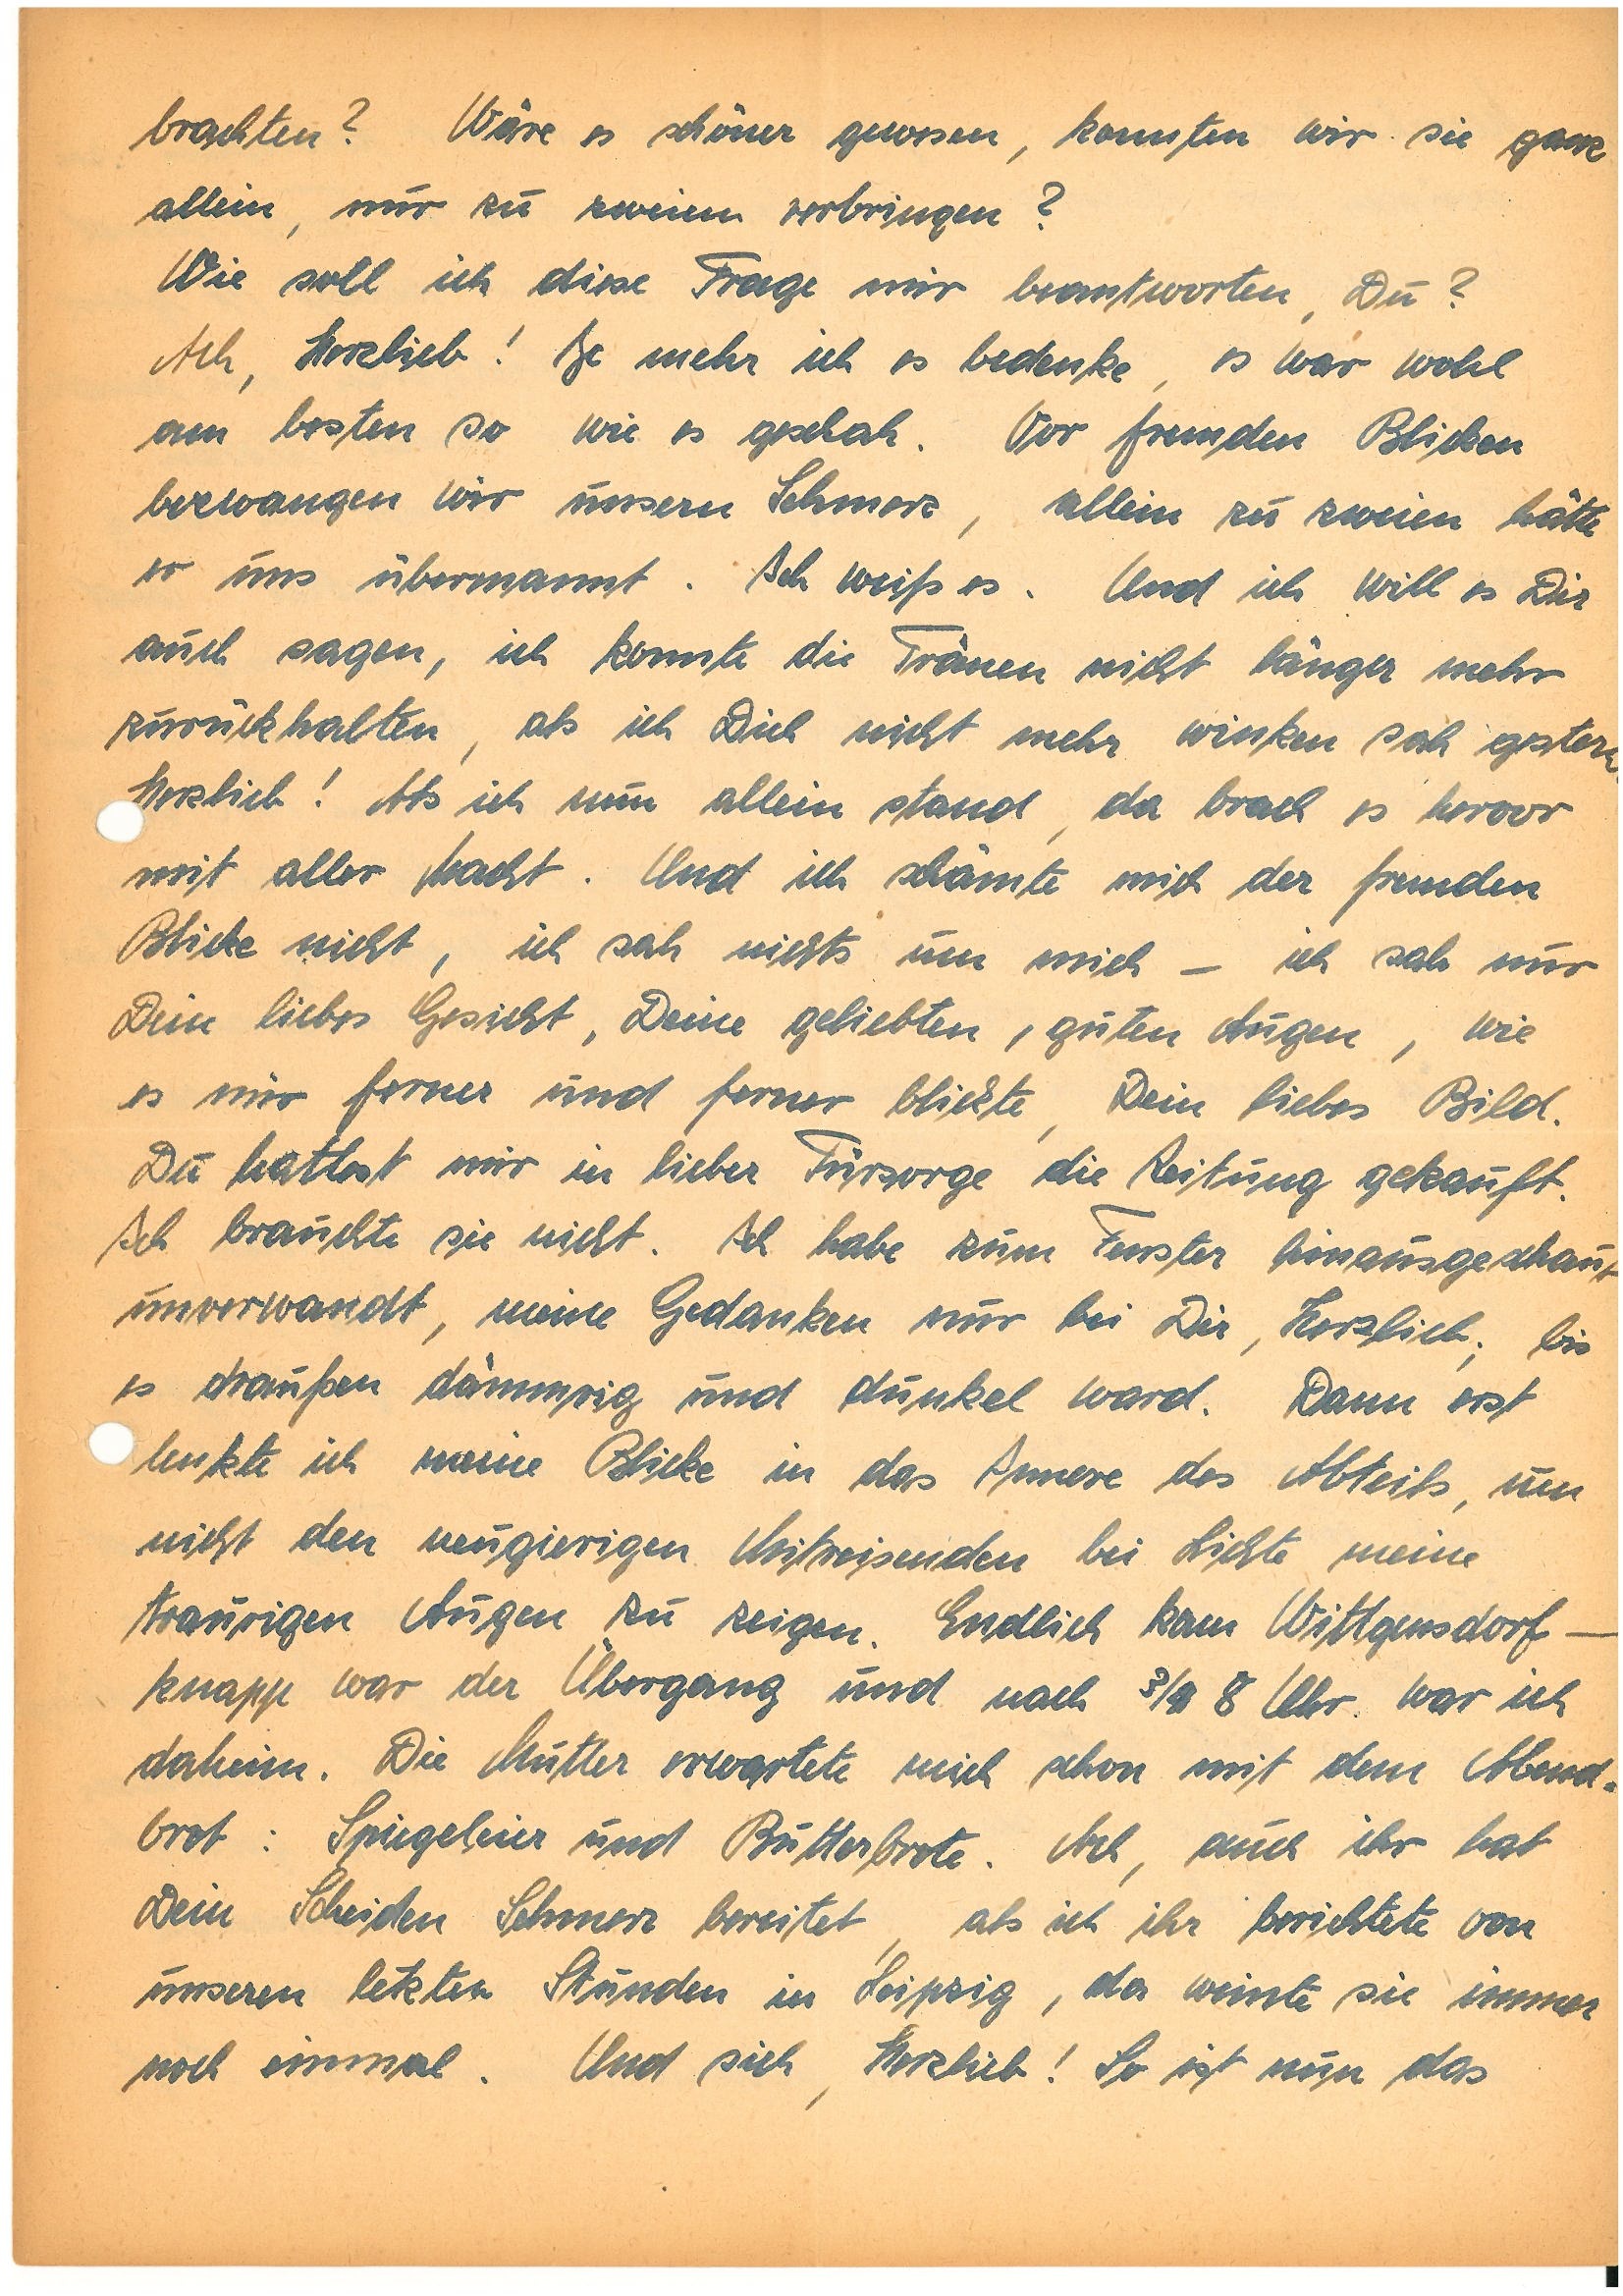
brachten? Wäre es schöner gewesen, konnten wir sie ganz
allein, nur zu zweien verbringen?
Wie soll ich diese Frage mir beantworten, Du?
Ach, Herzlieb! Je mehr ich es bedenke, es war wohl
am besten so wie geschah. Vor fremden Blicken
bezwangen wir unsern Schmerz, allein zu zweien hätte
er uns übermannt. Ich weiß es. Und ich will es Dir
auch sagen, ich konnte die Tränen nicht länger mehr
zurückhalten, als ich Dich nicht mehr winken sah gestern,
Herzlieb! Als ich nun allein stand, da brach es hervor
mit aller Macht. Und ich schämte mich der fremden
Blicke nicht, ich sah nichts um mich – ich sah nur
Dein liebes Gesicht, Deine geliebten, guten Augen, wie
es mir ferner und ferner blickte, Dein liebes Bild.
Du hattest mir in lieber Fürsorge die Zeitung gekauft.
Ich brauchte sie nicht. Ich habe zum Fenster hinausgeschaut
unverwandt, meine Gedanken nur bei Dir, Herzlieb; bis
es draußen dämmrig und dunkel ward. Dann erst
lenkte ich meine Blicke in das Innere des Abteils, um
nicht den neugierigen Mitreisenden bei Lichte meine
traurigen Augen zu zeigen. Endlich kam W. –
knapp war der Übergang und nach ¾ 8 Uhr war ich
daheim. Die Mutter erwartete mich schon mit dem Abend¬
brot: Spiegeleier und Butterbrote. Ach, auch ihr hat
Dein Scheiden Schmerz bereitet, als ich ihr berichtete von
unseren letzten Stunden in Leipzig, da weinte sie immer
noch einmal. Und sieh, Herzlieb! So ist nun das